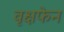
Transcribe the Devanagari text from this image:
वृक्षफेन